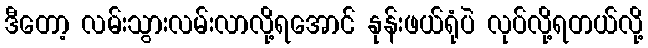
ဒီတော့ လမ်းသွားလမ်းလာလို့ရအောင် နုန်းဖယ်ရုံပဲ လုပ်လို့ရတယ်လို့